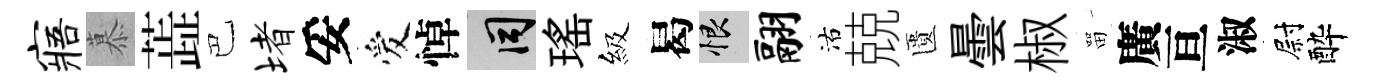
寤慕蕋巴堵妥爱悼间瑤級曷恨翮沽兢匱曇椒㽞廣亘淑尉酔